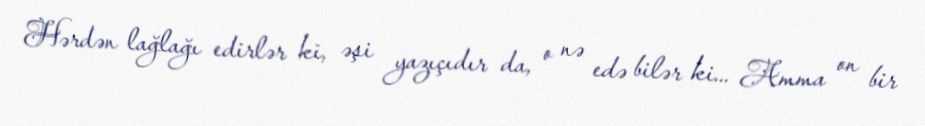
Hərdən lağlağı edirlər ki, əşi yazıçıdır da, o nə edə bilər ki... Amma on bir